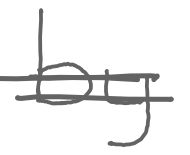
Text: by
Cross-out: double-line
Writing tool: digital_gray